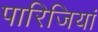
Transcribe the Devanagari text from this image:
पारिजियां